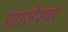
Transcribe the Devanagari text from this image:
जालेश्वर